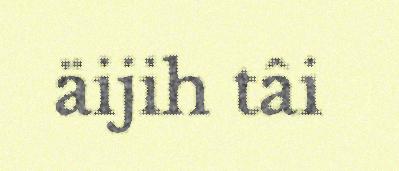
äijih tâi